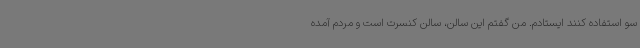
سو استفاده کنند ایستادم. من گفتم این سالن، سالن کنسرت است و مردم آمده